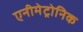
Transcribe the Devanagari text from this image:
एनीमेट्रोनिक